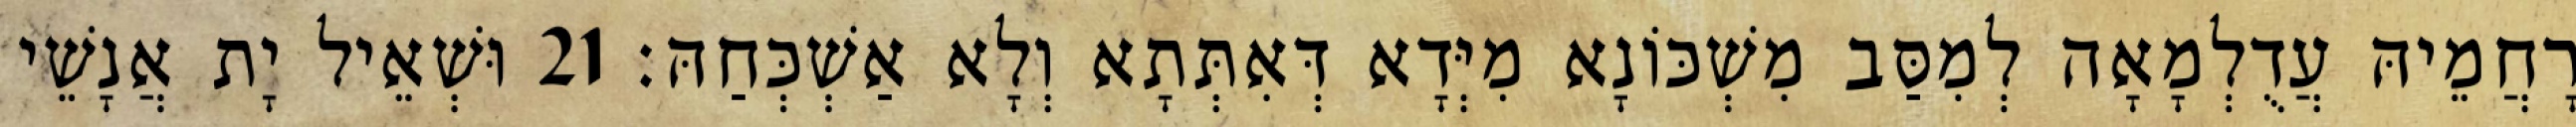
רָחֲמֵיהּ עֲדֻלְמָאָה לְמִסַּב מִשְׁכּוֹנָא מִיְּדָא דְּאִתְּתָא וְלָא אַשְׁכְּחַהּ׃ 21 וּשְׁאֵיל יָת אֲנָשֵׁי